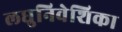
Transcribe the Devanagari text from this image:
लघुनिवेशिका